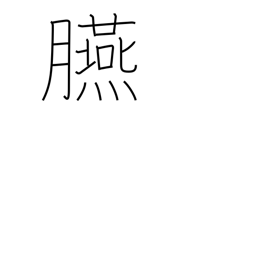
Meaning: rouge